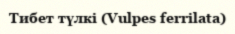
Тибет түлкі (Vulpes ferrilata)